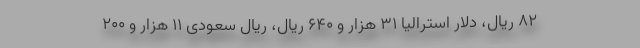
۸۲ ریال، دلار استرالیا ۳۱ هزار و ۶۴۰ ریال، ریال سعودی ۱۱ هزار و ۲۰۰